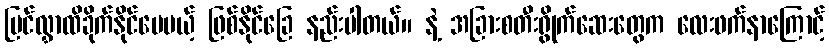
မြင်လွှာထိခိုက်နိုင်ပေမယ့် ဖြစ်နိုင်ခြေ နည်းပါတယ်။ နဲ့ အခြားစတီးရွိုက်ဆေးတွေက လေးဖက်နာကြောင့်